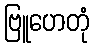
ဗြူဟေတုံ